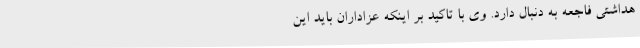
هداشتی فاجعه به دنبال دارد. وی با تاکید بر اینکه عزاداران باید این